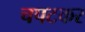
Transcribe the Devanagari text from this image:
चपटकर